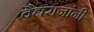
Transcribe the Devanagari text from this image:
वैद्यराजांनी